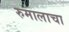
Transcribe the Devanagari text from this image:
रुमालाचा